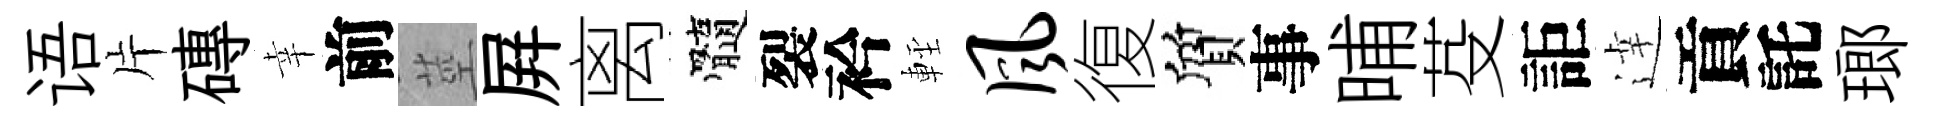
语片磚幸前莖屛离髓裂衿䡖风復質事晡芟詎逹貢託瑯